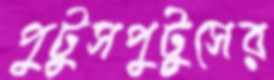
পুটুসপুটুসের